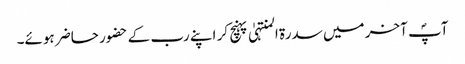
آپؐ آخر میں سدرۃ المنتہیٰ پہنچ کر اپنے رب کے حضور حاضر ہوئے۔